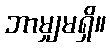
ဘာမျှမရှိ။